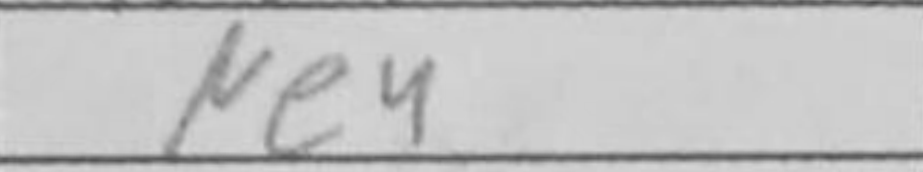
Transcription: Ne4